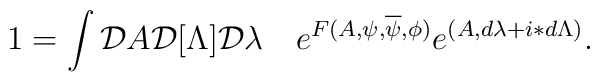
1=\int {\cal D}A {\cal D}[\Lambda]{\cal D}\lambda\quad  e^{F(A,\psi,\overline\psi,\phi)}e^{(A,d\lambda+i\ast d\Lambda)}.